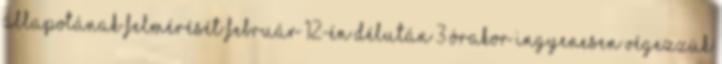
állapotának felmérését február 12-én délután 3 órakor ingyenesen végezzük